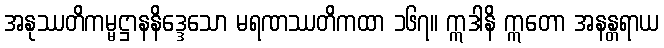
အနုဿတိကမ္မဋ္ဌာနနိဒ္ဒေသော မရဏဿတိကထာ ၁၆၇။ ဣဒါနိ ဣတော အနန္တရာယ